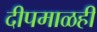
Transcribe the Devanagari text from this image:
दीपमाळही